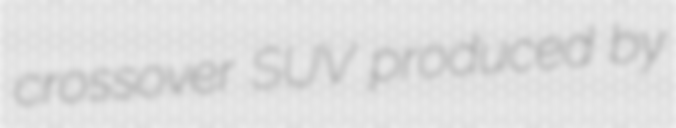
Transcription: crossover SUV produced by